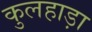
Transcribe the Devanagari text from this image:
कुलहाड़ा